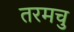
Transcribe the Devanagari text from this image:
तरमचु